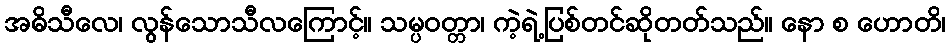
အဓိသီလေ၊ လွန်သောသီလကြောင့်။ သမ္ပဝတ္တာ၊ ကဲ့ရဲ့ပြစ်တင်ဆိုတတ်သည်။ နော စ ဟောတိ၊